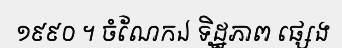
១៩៩០ ។ ចំណែកឯ ទិដ្ឋភាព ផ្សេង